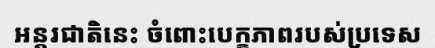
អន្តរជាតិនេះ ចំពោះបេក្ខភាពរបស់ប្រទេស